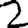
Digit: 2